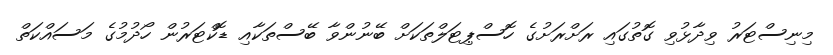
މިނިސްޓަރު ވިދާޅުވި ގޮތުގައި ރަށްރަށުގެ ހޮސްޕިޓަލްތަކަށް ބޭނުންވާ ބޭސްތަކާއި ޑޮކްޓަރުން ހޯދުމުގެ މަސައްކަތް